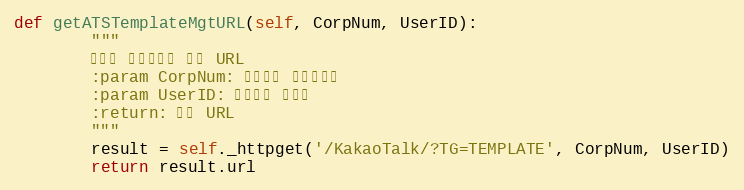
Language: Python
def getATSTemplateMgtURL(self, CorpNum, UserID):
        """
        알림톡 템플릿관리 팝업 URL
        :param CorpNum: 팝빌회원 사업자번호
        :param UserID: 팝빌회원 아이디
        :return: 팝빌 URL
        """
        result = self._httpget('/KakaoTalk/?TG=TEMPLATE', CorpNum, UserID)
        return result.url